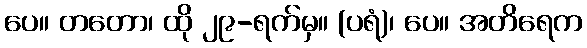
ပေ။ တတော၊ ထို ၂၉-ရက်မှ။ (ပရံ)၊ ပေ။ အတိရေက